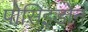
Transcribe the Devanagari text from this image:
पोसिइडोन